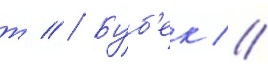
т // Буб'ек //